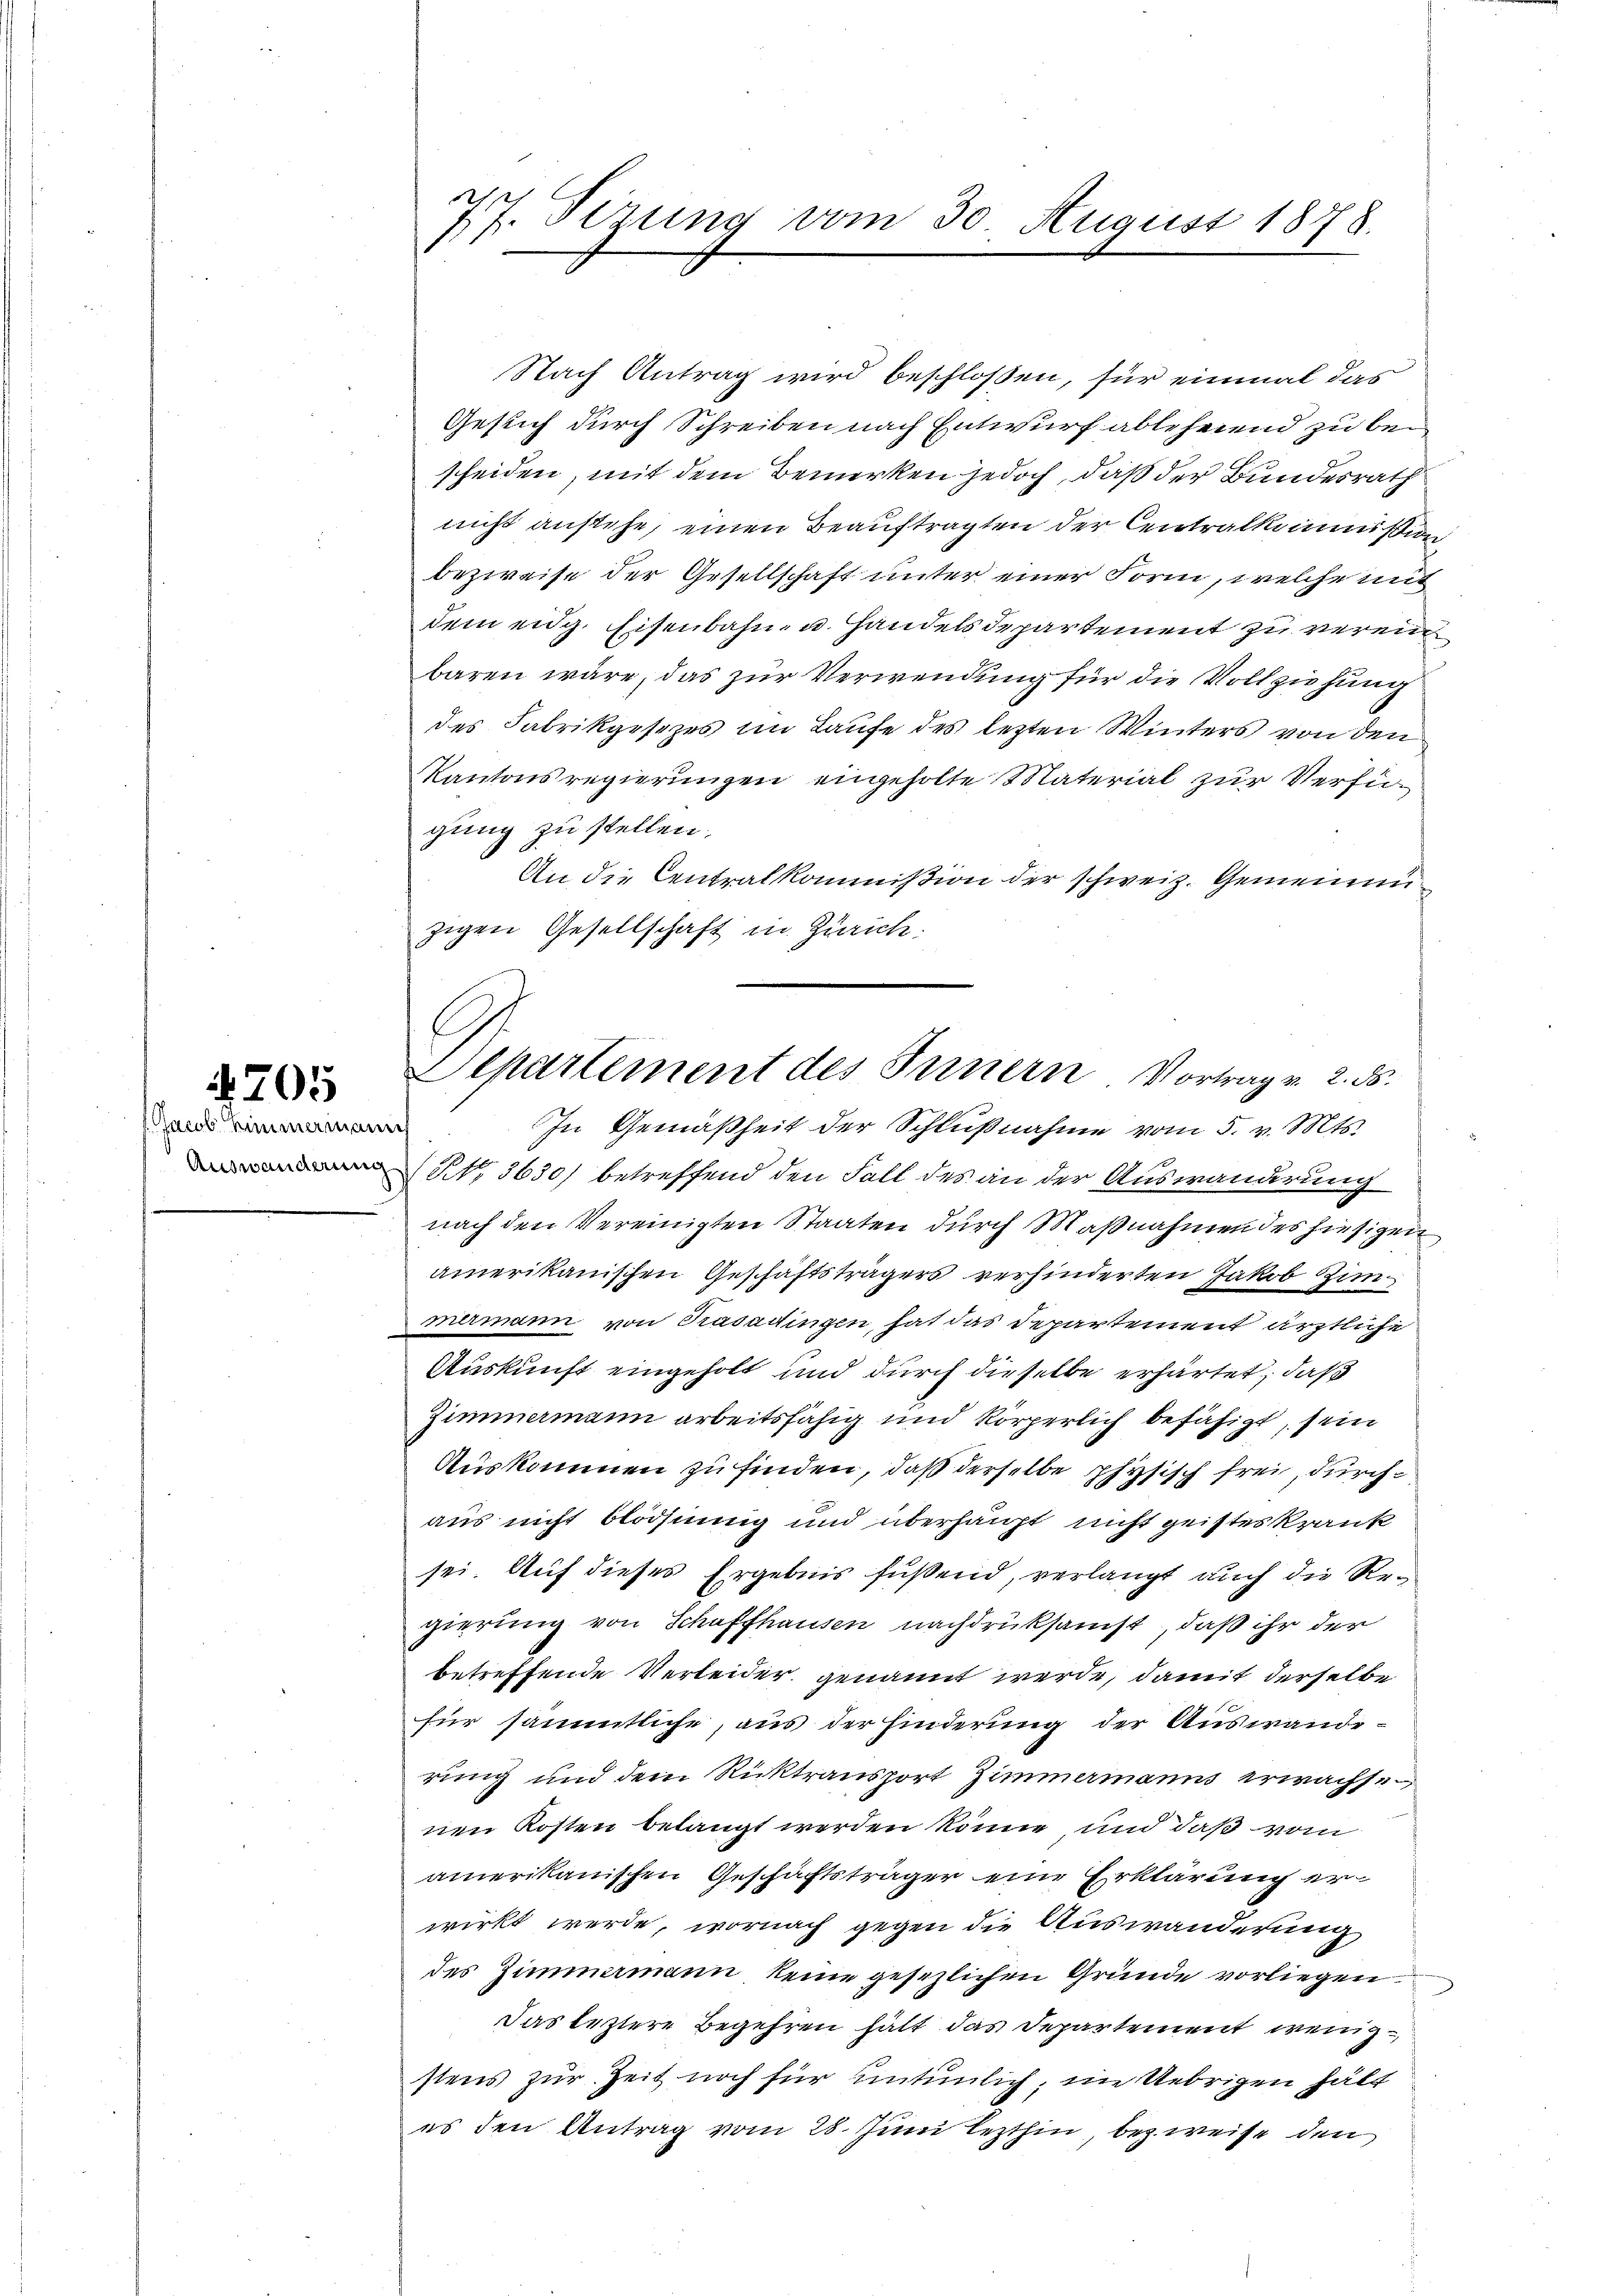
705

/Jacob Himmermanis

77. Sezung vom 30. August 1878.

Nach Antrag wird beschloßen, für einmal das
Gesuch durch Schreiben nach Entwurf ablehnend zu bescheiden, mit dem Bemerken jedoch, daß der Bundesrath
nicht anstehe, einen Beaŭftragten der Centralkommißion
bezweife der Gesellschaft unter einer Form, welche mit
dem eidg. Eisenbahn- u. Handels departement zu verein
baren wäre, das zur Verwendung für die Vollziehung
des Fabrikgesezes im Laufe des lezten Winters von den
Kantonsregierungen eingeholte Material zur Verfügung zu stellen.
An die Centralkommißion der schweiz. Gemeinduzigen Gesellschaft in Zürich:

C.
Alpartement des Innern Vortrag v. 2. ds.
In Gemäßheit der Schlußnahme vom 5. v. Mts.

x
N, 3630) betreffend den Fall des an der Auswanderung
nach den Vereinigten Staaten dŭrch Maβnahmen des hiesigen
amerikanischen Geschäftsträgers verhinderten Jakob Zimmermann von Trasadingen, hat das Departement ärztliche
Auskunft eingeholt und durch dieselbe erhärtet, daß
Zimmermann arbeitsfähig und körperlich befähigt, sein
Auskommen zu finden, daß derselbe physisch frei, durchaus nicht bloöhnung und überhaupt nicht geisteskrank
sei. Auf dieses Ergebnis fußend, verlangt auch die Regierung von Schaffhausen nachdrücksamst, daß ihr der
betreffende Verleider genannt werde, damit derselbe
.
für sämmtliche, aus der Hinderung der Auswande-
rung und dem Rücktransport Zimmermanns erwachse
nen Kosten belangt werden könne, und daß vom
amerikanischen Geschäftsträger eine Erklärung erwirkt werde, wornach gegen die Auswanderung
des Zimmermann keine gesezlichen Gründe vorliegen.
Das leztere Begehren hält das Departement wenigstens zur Zeit noch für untenlich, im Uebrigen hätt
es den Antrag vom 28. Juni lezthin, bezweise den